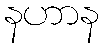
နဟာန